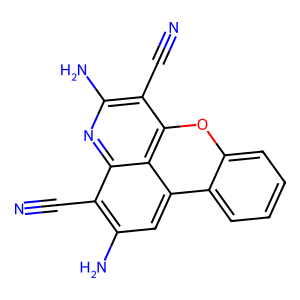
SMILES: N#Cc1c(N)cc2c3ccccc3oc3c(C#N)c(N)nc1c32
Inhibits HIV replication: No